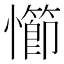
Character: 㦢